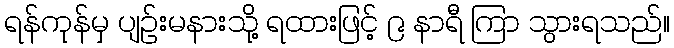
ရန်ကုန်မှ ပျဉ်းမနားသို့ ရထားဖြင့် ၉ နာရီ ကြာ သွားရသည်။